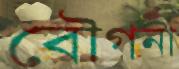
বৌগনা